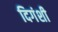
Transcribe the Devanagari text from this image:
दिगंशी